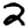
Digit: 2